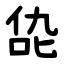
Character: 㖌